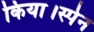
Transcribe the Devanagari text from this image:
किया।स्पेन